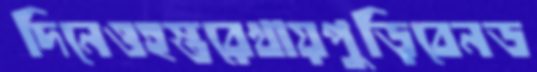
দিনেওহস্তরেখায়পুড়িবেনড